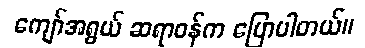
ကျော်အရွယ် ဆရာဝန်က ပြောပါတယ်။